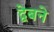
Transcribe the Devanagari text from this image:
द्वेबने